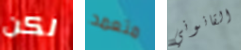
لكن متعمد القانوني